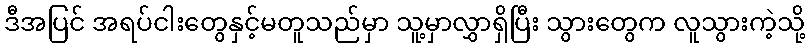
ဒီအပြင် အရပ်ငါးတွေနှင့်မတူသည်မှာ သူ့မှာလွှာရှိပြီး သွားတွေက လူသွားကဲ့သို့